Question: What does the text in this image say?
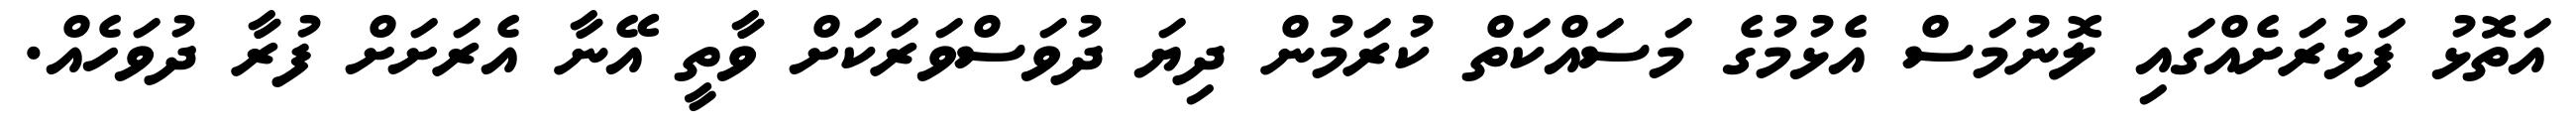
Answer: އަތޮޅު ފަޅުރަށެއްގައި ލޮނުމަސް އެޅުމުގެ މަސައްކަތް ކުރަމުން ދިޔަ ދުވަސްވަރަކަށް ވާތީ އޭނާ އެރަށަށް ފުރާ ދުވަހެއް.